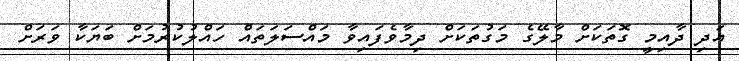
އަދި ދާއިމީ ގޮތަކަށް މާލޭގެ މަގުތަކަށް ދިމާވެފައިވާ މައްސަލަތައް ހައްލުކުރުމަށް ބަޔަކާ ވަރަށް